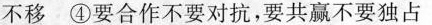
不移④要合作不要对抗，要共赢不要独占